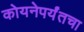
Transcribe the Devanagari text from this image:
कोयनेपर्यंतचा